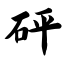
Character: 砰